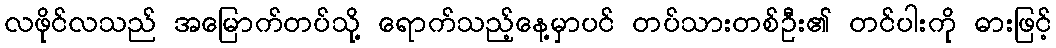
လဖိုင်လသည် အမြောက်တပ်သို့ ရောက်သည့်နေ့မှာပင် တပ်သားတစ်ဦး၏ တင်ပါးကို ဓားဖြင့်